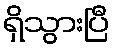
ရှိသွားပြီ